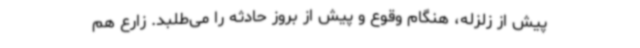
پیش‌ از زلزله، هنگام وقوع و پیش از بروز حادثه را می‌طلبد. زارع هم